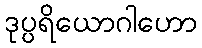
ဒုပ္ပရိယောဂါဟော